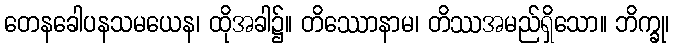
တေနခေါပနသမယေန၊ ထိုအခါ၌။ တိဿောနာမ၊ တိဿအမည်ရှိသော။ ဘိက္ခု၊